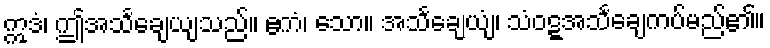
ဣဒံ၊ ဤအသင်္ချေယျသည်။ ဧကံ၊ သော။ အသင်္ချေယျံ၊ သံဝဋ္ဋအသင်္ချေကပ်မည်၏။